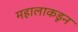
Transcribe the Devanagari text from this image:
महालाकडून